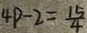
4 p - 2 = \frac { 1 5 } { 4 }